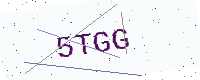
Text: 5TGG